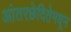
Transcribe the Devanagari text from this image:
आंतरछेदितेमधून